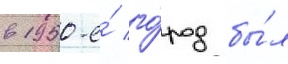
в 1950-е́ го́род бы́л